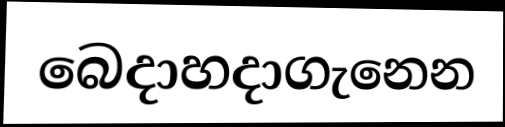
බෙදාහදාගැනෙන